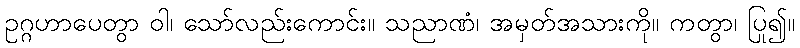
ဥဂ္ဂဟာပေတွာ ဝါ၊ သော်လည်းကောင်း။ သညာဏံ၊ အမှတ်အသားကို။ ကတွာ၊ ပြု၍။